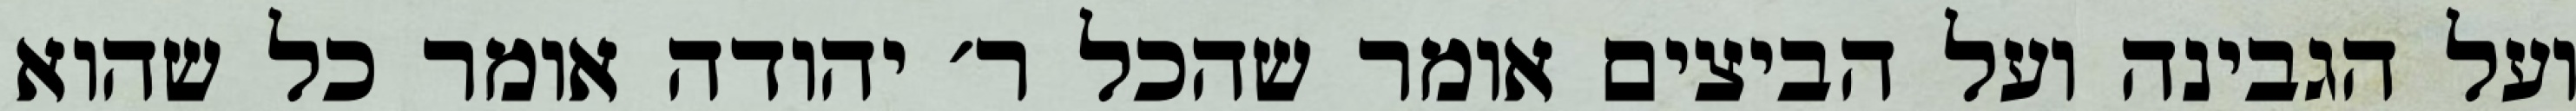
ועל הגבינה ועל הביצים אומר שהכל ר׳ יהודה אומר כל שהוא